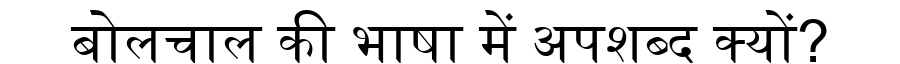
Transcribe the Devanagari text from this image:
बोलचाल की भाषा में अपशब्द क्यों?